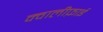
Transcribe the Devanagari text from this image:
क्वालीफ़ाई